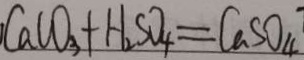
C a C O _ { 3 } + H _ { 2 } S O _ { 4 } = C a S O _ { 4 }